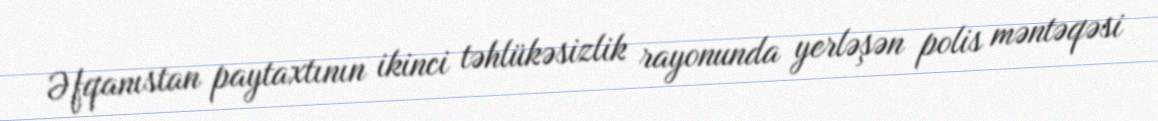
Əfqanıstan paytaxtının ikinci təhlükəsizlik rayonunda yerləşən polis məntəqəsi